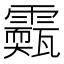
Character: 𩆣